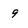
Character: 9